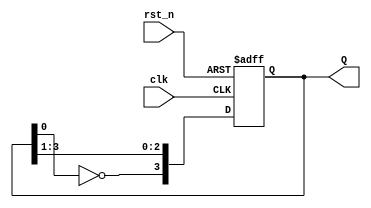
`timescale 1ns/1ns

module JC_counter(
   input                clk ,
   input                rst_n,
 
   output reg [3:0]     Q  
);
always @(posedge clk or negedge rst_n) begin
    if(!rst_n) begin
        Q <= 0;
    end
    else begin
        Q <= {~Q[0], Q[3:1]};
    end
end

endmodule